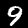
Digit: 9